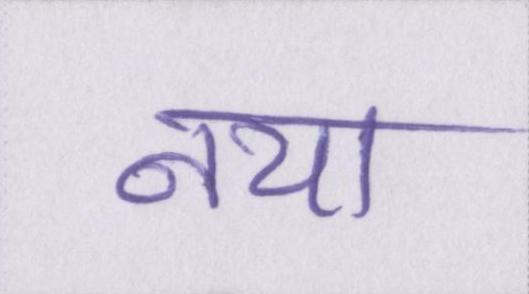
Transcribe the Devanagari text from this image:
नया